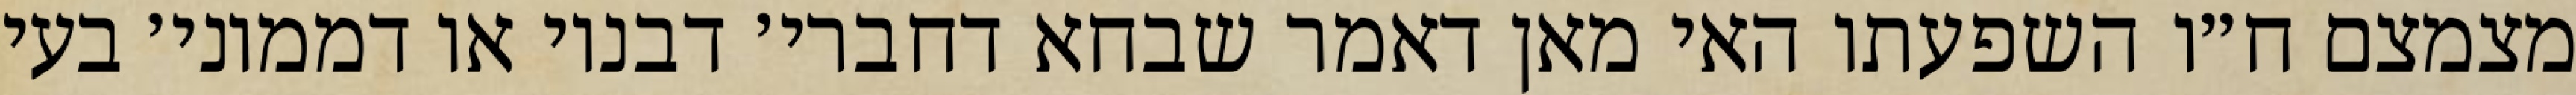
מצמצם ח״ו השפעתו האי מאן דאמר שבחא דחברי׳ דבנוי או דממוני׳ בעי